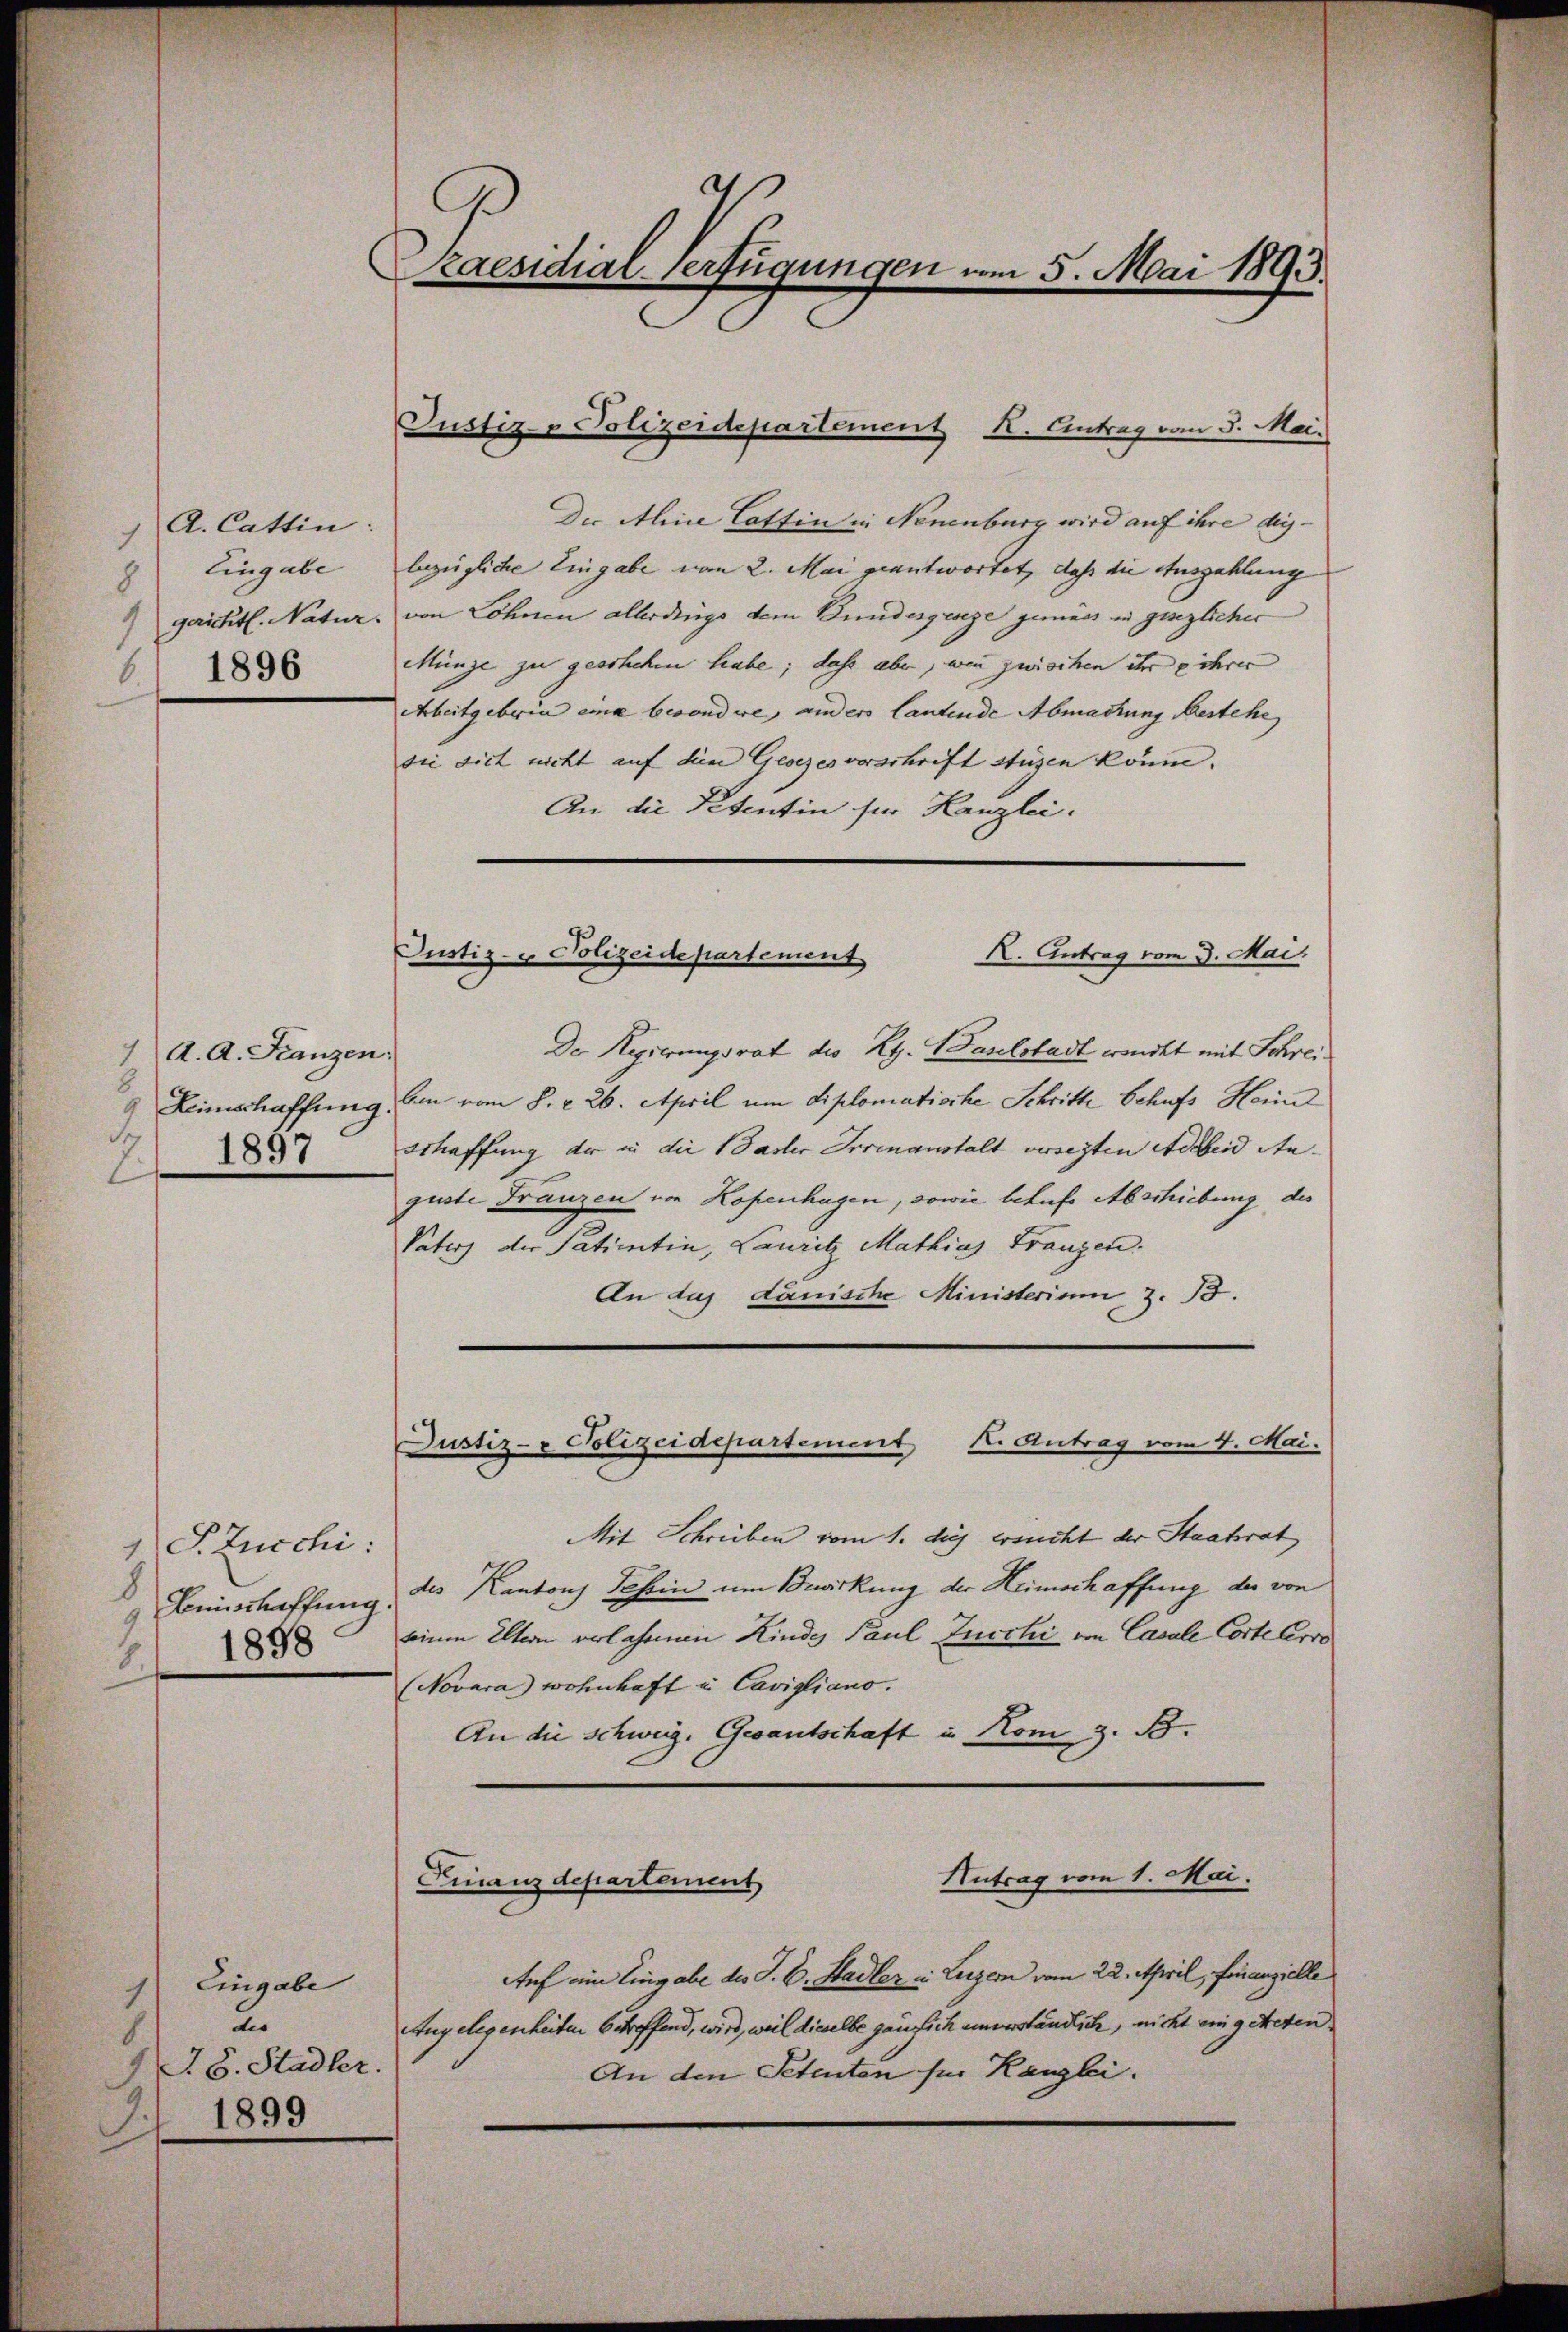
A. Cattin:
c
8) Eingabe
1
1896
6.

1 A. A. Franzen:
8
9 Heimschaffung.
1857

1 S. Zucchi:
8
Beinschaffung.
9
1898
1.

Eingabe
1
die
18. Stadler.
1 1899

Kaesidial-Verfügungen am 5. Mai 1893.

Die Alice Cattin in Neuenburg wird auf ihre die- |
bezügliche Eingabe von 2. Mai geantwortet, daß die Auszahlung
gaititl. Natur, von Löhnen allerdings dem Bundesgeseze gemäss in gesezlicher
Münge zu geschehen habe; dass aber, wenn zwischen ihre e ihrer
Arbeitgeberin eine besondere, anders lautende Abmastung bestehe
die sich nicht auf dien Gesezesvorschrift stüzen könne. |
An die Petentin für Kanzlei.

Justiz- & Polizeidepartement K. Eintrag vom 5. Mai.

Justiz- & Polizeidepartement
X. Antrag vom 3. Mai

Der Regierungsrat des Kt. Baselstadt wendet mit Schrei¬
Am vom 8. 226. April um diplomatische Schritte Behufs Heri
Schaffung der in die Paster Irrenanstalt versetzten Adebend Anguste Franzen von Kopenhagen, sowie behufs Abschiebung des
Vaters der Patientin, Lauritz Mathias Franzen.
An das danische Ministerium z. B.
Justiz- & Polizeidepartement
K. Antrag vom 4. Mai.
Mit Schreiben vom 1. dies ersucht der Staatsrat
des Kantons Schein um Bewirkung der Heimschaffung der von
einen Eltern verlassen Kinde Paul Zucchi von Casale Cortelerre
(Novara) wohnhaft in Cavigliano.
An die Schweiz. Gesantschaft u. Kom z. B.

Antrag vom 1. Mai.
Finanzdepartement

Auf ein Eingabe des J. C. Stadler in Luzern vom 22. April, Finanzielle
Angelegenheiten betreffend, wird, weil dieselbe gänzlich unverständliche, nicht eingetreten,
An den Petenten für Kanzli.